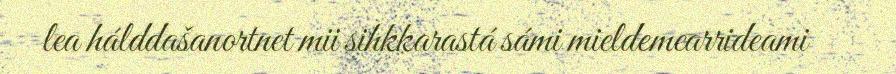
lea hálddašanortnet mii sihkkarastá sámi mieldemearrideami